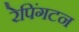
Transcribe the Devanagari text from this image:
रेपिंगटन